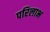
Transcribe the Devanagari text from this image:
परिलाभ